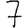
Digit: 7